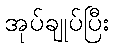
အုပ်ချုပ်ပြီး